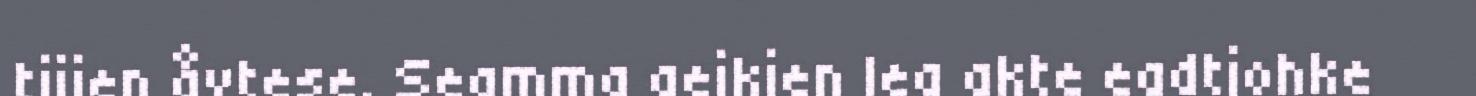
tijjen åvtese. Seamma aejkien lea akte eadtjohke